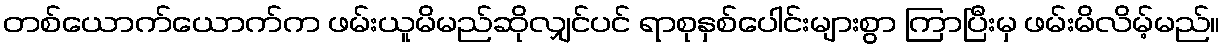
တစ်ယောက်ယောက်က ဖမ်းယူမိမည်ဆိုလျှင်ပင် ရာစုနှစ်ပေါင်းများစွာ ကြာပြီးမှ ဖမ်းမိလိမ့်မည်။